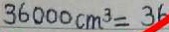
3 6 0 0 0 c m ^ { 3 } = 3 6